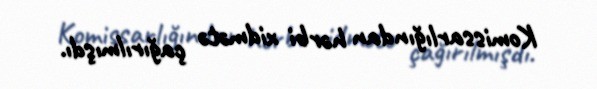
Komissarlığından hərbi xidmətə çağırılmışdı.